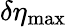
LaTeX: \delta\eta_{\mathrm{max}}